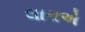
લારાએ